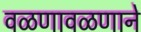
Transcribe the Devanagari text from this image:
वळणावळणाने